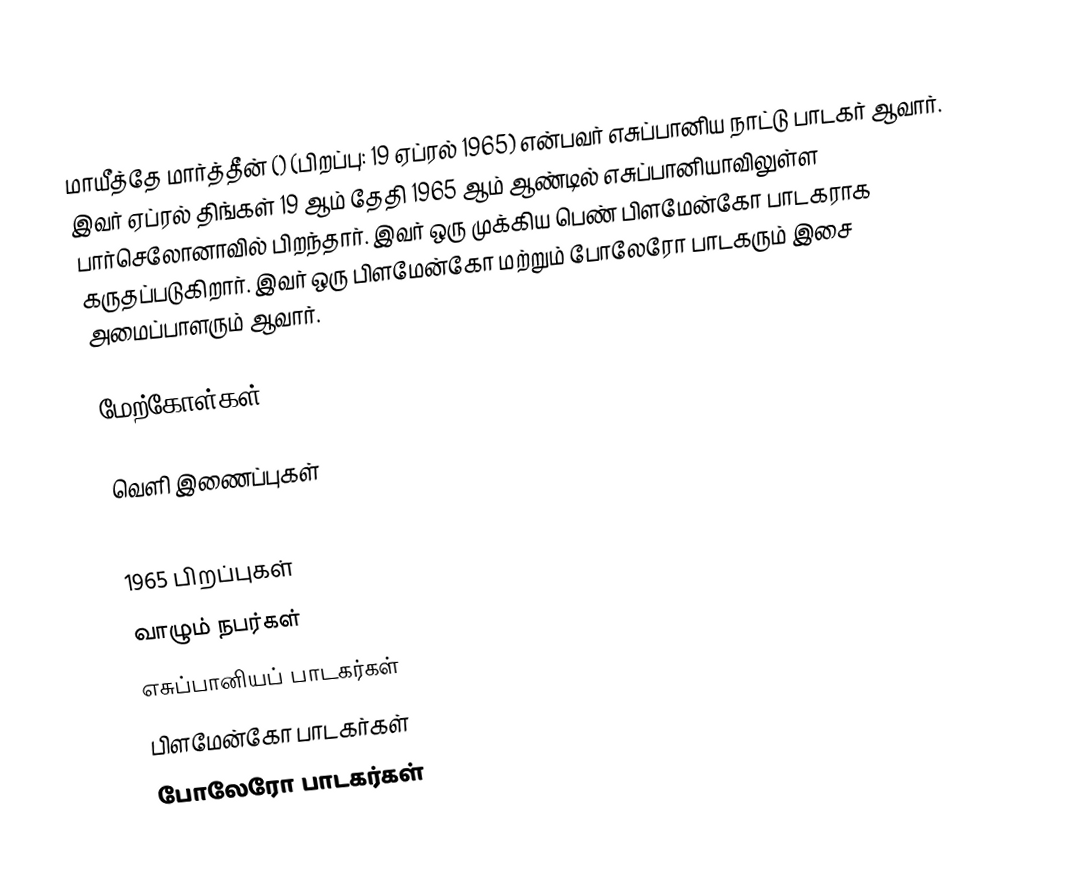
மாயீத்தே மார்த்தீன் () (பிறப்பு: 19 ஏப்ரல் 1965) என்பவர் எசுப்பானிய நாட்டு பாடகர் ஆவார். இவர் ஏப்ரல் திங்கள் 19 ஆம் தேதி 1965 ஆம் ஆண்டில் எசுப்பானியாவிலுள்ள பார்செலோனாவில் பிறந்தார். இவர் ஒரு முக்கிய பெண் பிளமேன்கோ பாடகராக கருதப்படுகிறார். இவர் ஒரு பிளமேன்கோ மற்றும் போலேரோ பாடகரும் இசை அமைப்பாளரும் ஆவார்.

மேற்கோள்கள்

வெளி இணைப்புகள்

1965 பிறப்புகள்
வாழும் நபர்கள்
எசுப்பானியப் பாடகர்கள்
பிளமேன்கோ பாடகர்கள்
போலேரோ பாடகர்கள்